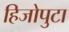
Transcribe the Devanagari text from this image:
हिजोपुटा